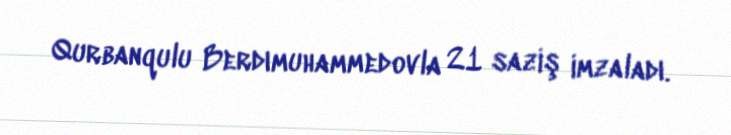
Qurbanqulu Berdımuhammedovla 21 saziş imzaladı.